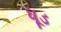
ધૂડ